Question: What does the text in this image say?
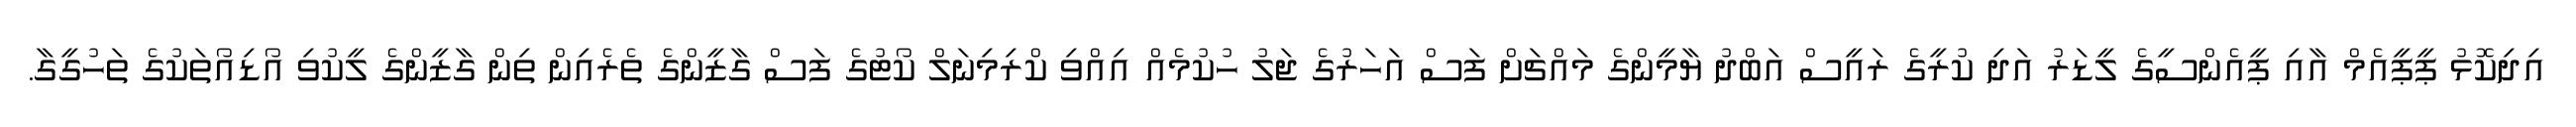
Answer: އިދިކޮޅު ޕީޕީއެމް އާއި ޕީއެންސީގެ ލީޑަރު އަދި ކުރީގެ ރައީސް އަބްދު ޔާމީންގެ މައްޗަށް ފަސް އަހަރުގެ ޖަލު ހުކުމެއް އިއްވި ކްރިމިނަލް ކޯޓުގެ ފަސް ގާޒީންގެ ތެރެއިން ތިން ގާޒީންގެ ލީކުވި އޯޑިއޯތަކުގެ ތަހުގީގާ.